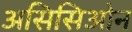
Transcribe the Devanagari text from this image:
असिसिओन